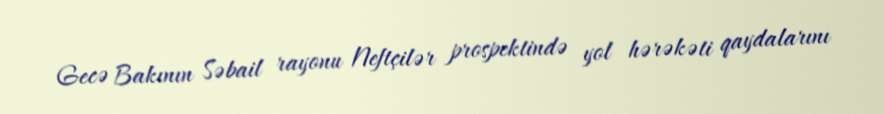
Gecə Bakının Səbail rayonu Neftçilər prospektində yol hərəkəti qaydalarını